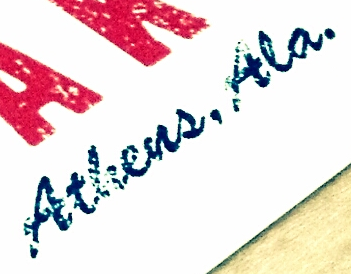
Atlrenr, Ala.